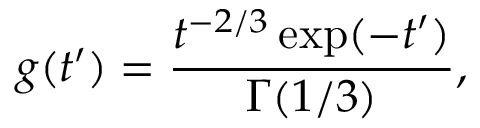
g ( t ^ { \prime } ) = \frac { t ^ { - 2 / 3 } \exp ( - t ^ { \prime } ) } { \Gamma ( 1 / 3 ) } ,